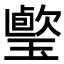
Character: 𤩤